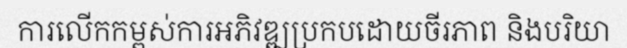
ការលើកកម្ពស់ការអភិវឌ្ឍប្រកបដោយចីរភាព និងបរិយា